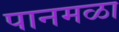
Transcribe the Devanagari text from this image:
पानमळा